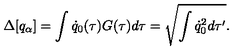
\Delta [ q _ { \alpha } ] = \int \dot { q } _ { 0 } ( \tau ) G ( \tau ) d \tau = \sqrt { \int \dot { q } _ { 0 } ^ { 2 } d \tau ^ { \prime } } .